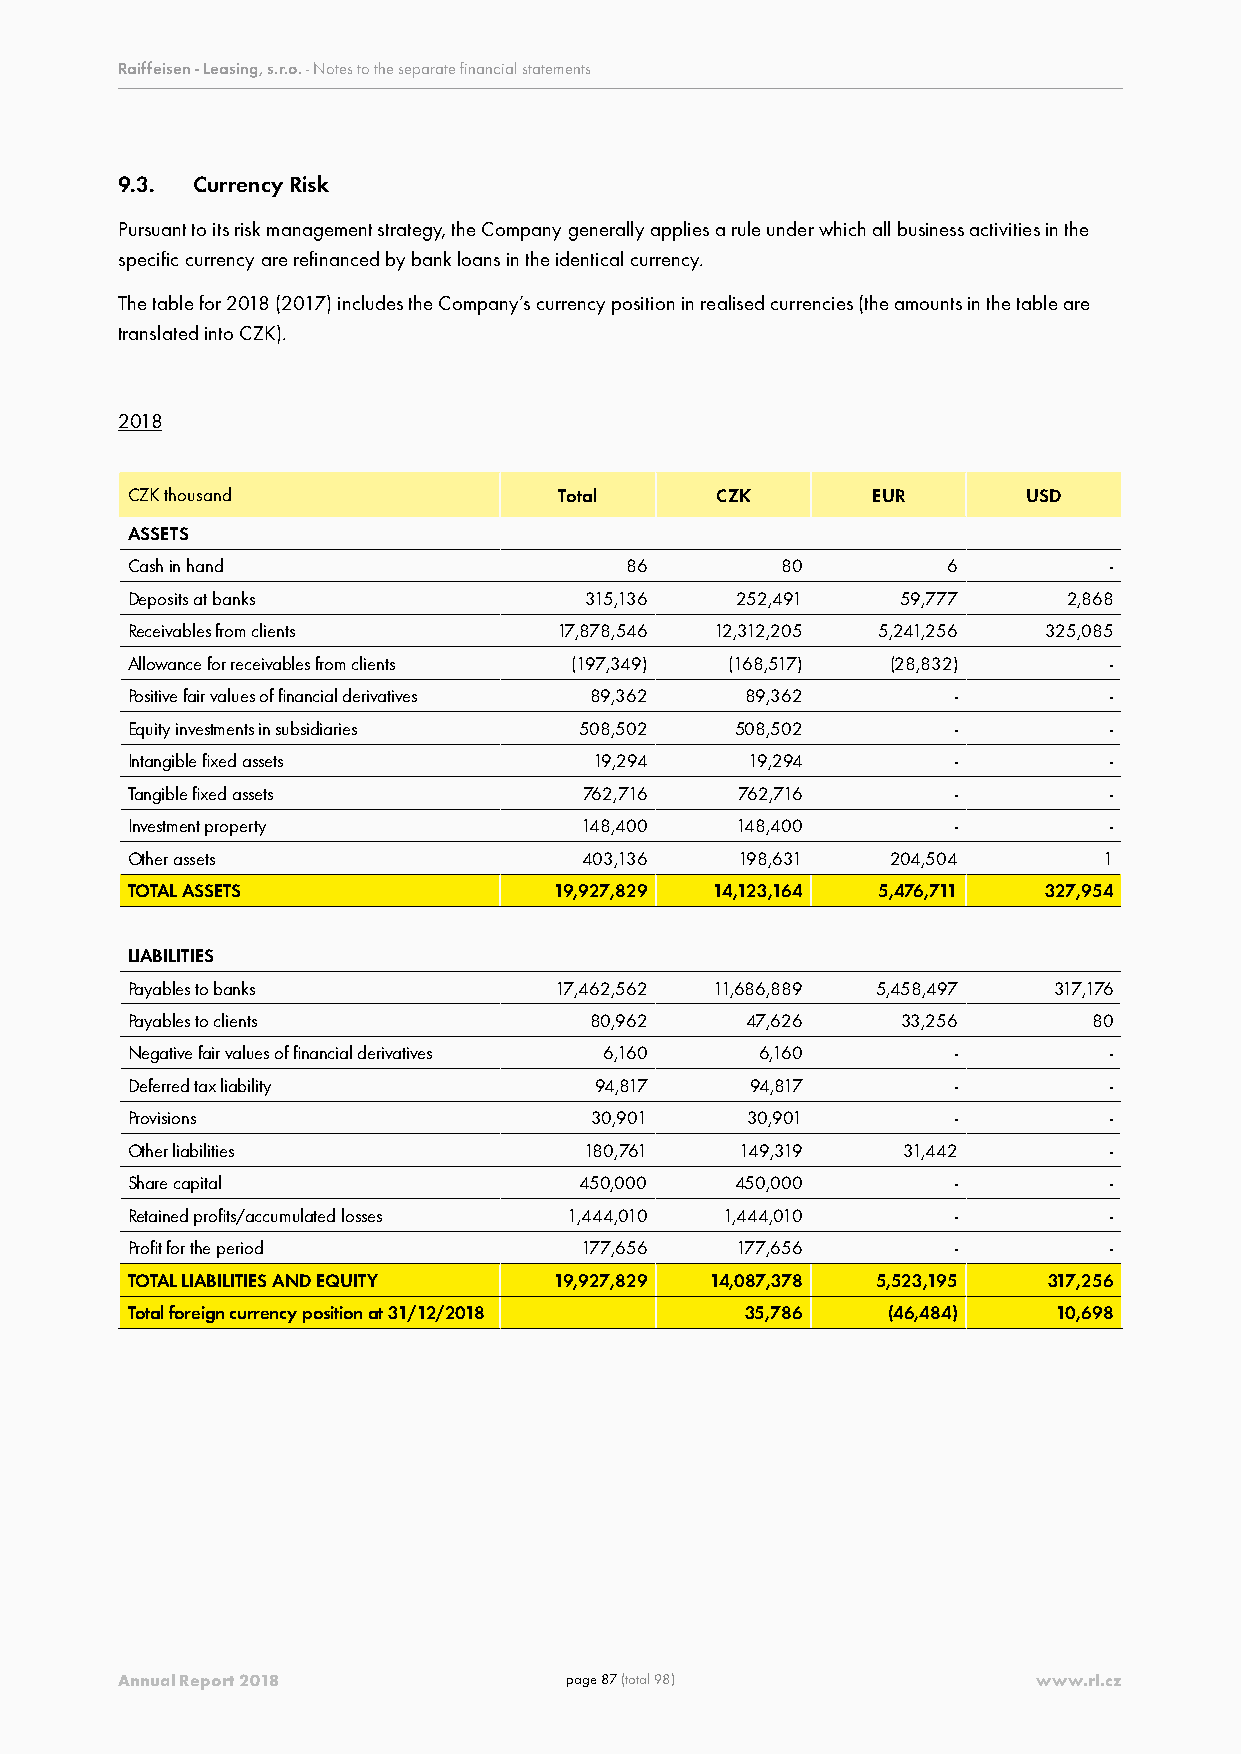
Raiffeisen - Leasing, s.r.o. - Notes to the separate financial statements
 9.3. Currency Risk
 Pursuant to its risk management strategy, the Company generally applies a rule under which all business activities in the
 specific currency are refinanced by bank loans in the identical currency.
 The table for 2018 (2017) includes the Company’s currency position in realised currencies (the amounts in the table are
 translated into CZK).
 2018
 CZK thousand                 Total     CZK        EUR       USD
 ASSETS
 Cash in hand                     86         80         6         -
 Deposits at banks              315,136   252,491    59,777     2,868
 Receivables from clients     17,878,546 12,312,205 5,241,256 325,085
 Allowance for receivables from clients (197,349) (168,517) (28,832) -
 Positive fair values of financial derivatives 89,362 89,362 -    -
 Equity investments in subsidiaries 508,502 508,502     -         -
 Intangible fixed assets        19,294    19,294        -         -
 Tangible fixed assets          762,716   762,716       -         -
 Investment property           148,400    148,400       -         -
 Other assets                   403,136   198,631   204,504       1
 TOTAL ASSETS                 19,927,829 14,123,164 5,476,711 327,954
 LIABILITIES
 Payables to banks            17,462,562 11,686,889 5,458,497  317,176
 Payables to clients            80,962    47,626     33,256      80
 Negative fair values of financial derivatives 6,160 6,160 -      -
 Deferred tax liability         94,817     94,817       -         -
 Provisions                     30,901    30,901        -         -
 Other liabilities              180,761   149,319    31,442       -
 Share capital                 450,000    450,000       -         -
 Retained profits/accumulated losses 1,444,010 1,444,010 -        -
 Profit for the period         177,656    177,656       -         -
 TOTAL LIABILITIES AND EQUITY 19,927,829 14,087,378 5,523,195 317,256
 Total foreign currency position at 31/12/2018 35,786 (46,484) 10,698
 Annual Report 2018           page 87 (total 98)              www.rl.cz